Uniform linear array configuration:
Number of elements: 48
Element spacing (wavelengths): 0.25
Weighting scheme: uniform
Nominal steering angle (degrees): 15
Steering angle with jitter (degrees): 13.874
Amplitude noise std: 0.05
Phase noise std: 0.05

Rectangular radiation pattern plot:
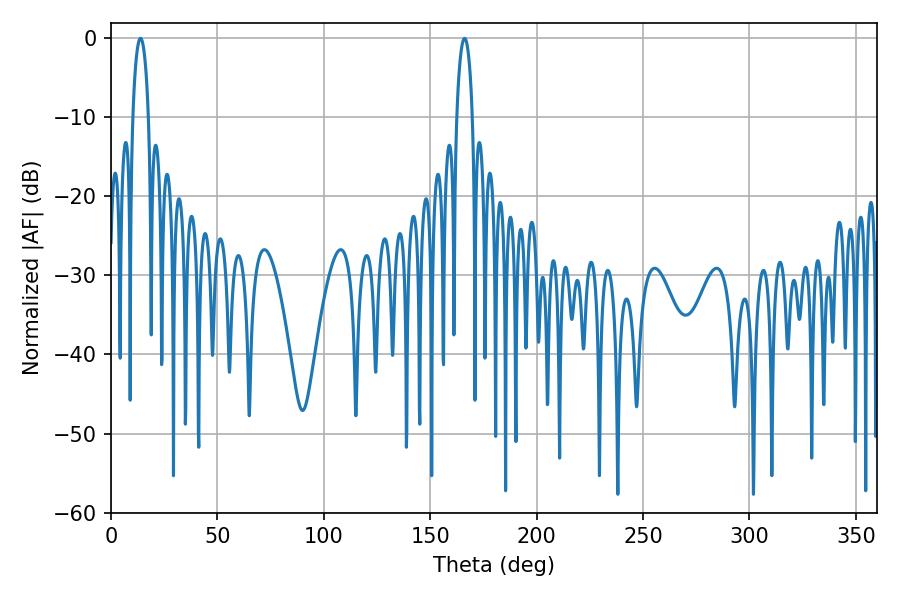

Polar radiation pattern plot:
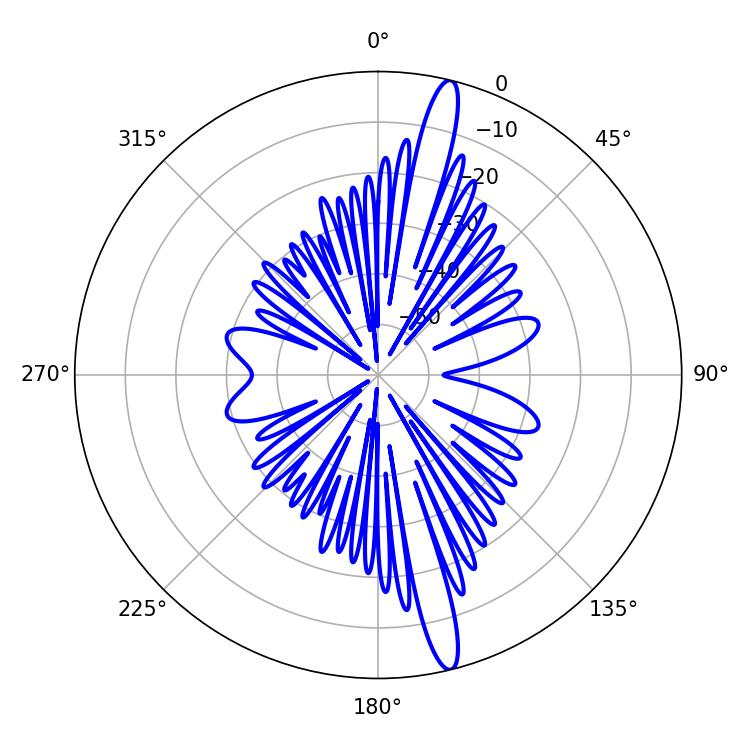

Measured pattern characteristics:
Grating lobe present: FALSE
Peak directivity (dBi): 16.902
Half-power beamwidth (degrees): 4.32
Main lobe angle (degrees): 13.86